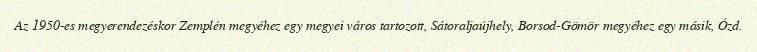
Az 1950-es megyerendezéskor Zemplén megyéhez egy megyei város tartozott, Sátoraljaújhely, Borsod-Gömör megyéhez egy másik, Ózd.